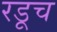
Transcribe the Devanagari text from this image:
रडूच